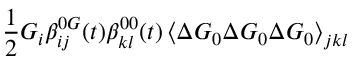
\frac { 1 } { 2 } G _ { i } \beta _ { i j } ^ { 0 G } ( t ) \beta _ { k l } ^ { 0 0 } ( t ) \left\langle \Delta \boldsymbol { G } _ { 0 } \Delta \boldsymbol { G } _ { 0 } \Delta \boldsymbol { G } _ { 0 } \right\rangle _ { j k l }